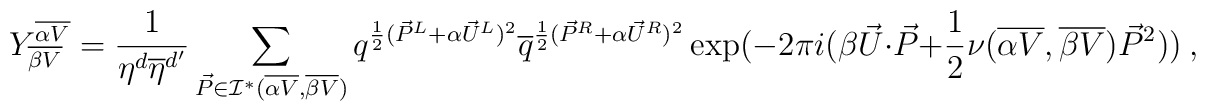
Y^{\overline {\alpha V}}_{\overline {\beta V}}= {1\over{\eta^d  {\overline \eta}^{d^\prime} }} \sum_{{\vec P}\in {\cal I}^* ({\overline {\alpha V}}, {\overline {\beta V}})} q^{{1\over 2}({\vec P}^L+\alpha{\vec U}^L )^2} {\overline q}^{{1\over 2}({\vec P}^R+\alpha{\vec U}^R )^2} \exp(-2\pi i(\beta{\vec U} \cdot {\vec P}+{1\over 2} \nu({\overline  {\alpha V}}, {\overline {\beta V}}) {\vec P}^2))~,